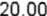
20.00